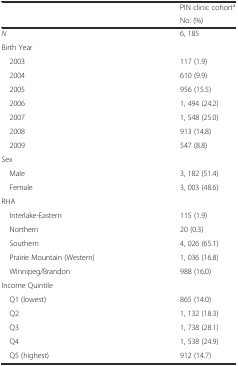
<table><thead><tr><td rowspan="2"></td><td><b>PIN clinic cohort<sup>a</sup></b></td></tr><tr><td><b>No. (%)</b></td></tr></thead><tbody><tr><td><i>N</i></td><td>6, 185</td></tr><tr><td>Birth Year</td><td></td></tr><tr><td> 2003</td><td>117 (1.9)</td></tr><tr><td> 2004</td><td>610 (9.9)</td></tr><tr><td> 2005</td><td>956 (15.5)</td></tr><tr><td> 2006</td><td>1, 494 (24.2)</td></tr><tr><td> 2007</td><td>1, 548 (25.0)</td></tr><tr><td> 2008</td><td>913 (14.8)</td></tr><tr><td> 2009</td><td>547 (8.8)</td></tr><tr><td>Sex</td><td></td></tr><tr><td> Male</td><td>3, 182 (51.4)</td></tr><tr><td> Female</td><td>3, 003 (48.6)</td></tr><tr><td>RHA</td><td></td></tr><tr><td> Interlake-Eastern</td><td>115 (1.9)</td></tr><tr><td> Northern</td><td>20 (0.3)</td></tr><tr><td> Southern</td><td>4, 026 (65.1)</td></tr><tr><td> Prairie Mountain (Western)</td><td>1, 036 (16.8)</td></tr><tr><td> Winnipeg/Brandon</td><td>988 (16.0)</td></tr><tr><td>Income Quintile</td><td></td></tr><tr><td> Q1 (lowest)</td><td>865 (14.0)</td></tr><tr><td> Q2</td><td>1, 132 (18.3)</td></tr><tr><td> Q3</td><td>1, 738 (28.1)</td></tr><tr><td> Q4</td><td>1, 538 (24.9)</td></tr><tr><td> Q5 (highest)</td><td>912 (14.7)</td></tr></tbody></table>